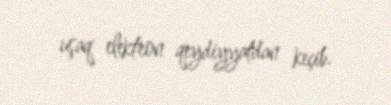
uşaq elektron qeydiyyatdan keçib.